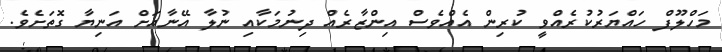
މަހްލޫފް ހައްޔަރުކުރެއްވީ ކުރިން އެއްވެސް އިންޒާރެއް ދިނުމަކާއި ނުލާ އޭނާއަށް އަނިޔާ ގޮތަށެވެ.